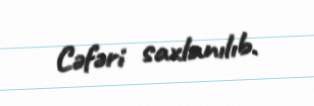
Cəfəri saxlanılıb.